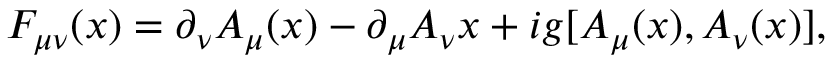
F _ { \mu \nu } ( x ) = \partial _ { \nu } A _ { \mu } ( x ) - \partial _ { \mu } A _ { \nu } { x } + i g [ A _ { \mu } ( x ) , A _ { \nu } ( x ) ] ,